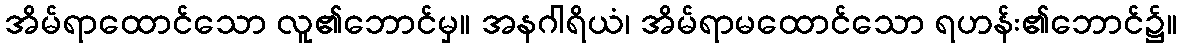
အိမ်ရာထောင်သော လူ၏ဘောင်မှ။ အနဂါရိယံ၊ အိမ်ရာမထောင်သော ရဟန်း၏ဘောင်၌။